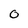
Character: 0